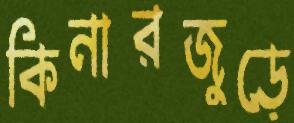
কিনারজুড়ে